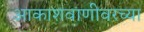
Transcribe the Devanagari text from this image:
आकाशवाणीवरच्‍या